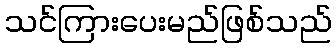
သင်ကြားပေးမည်ဖြစ်သည်